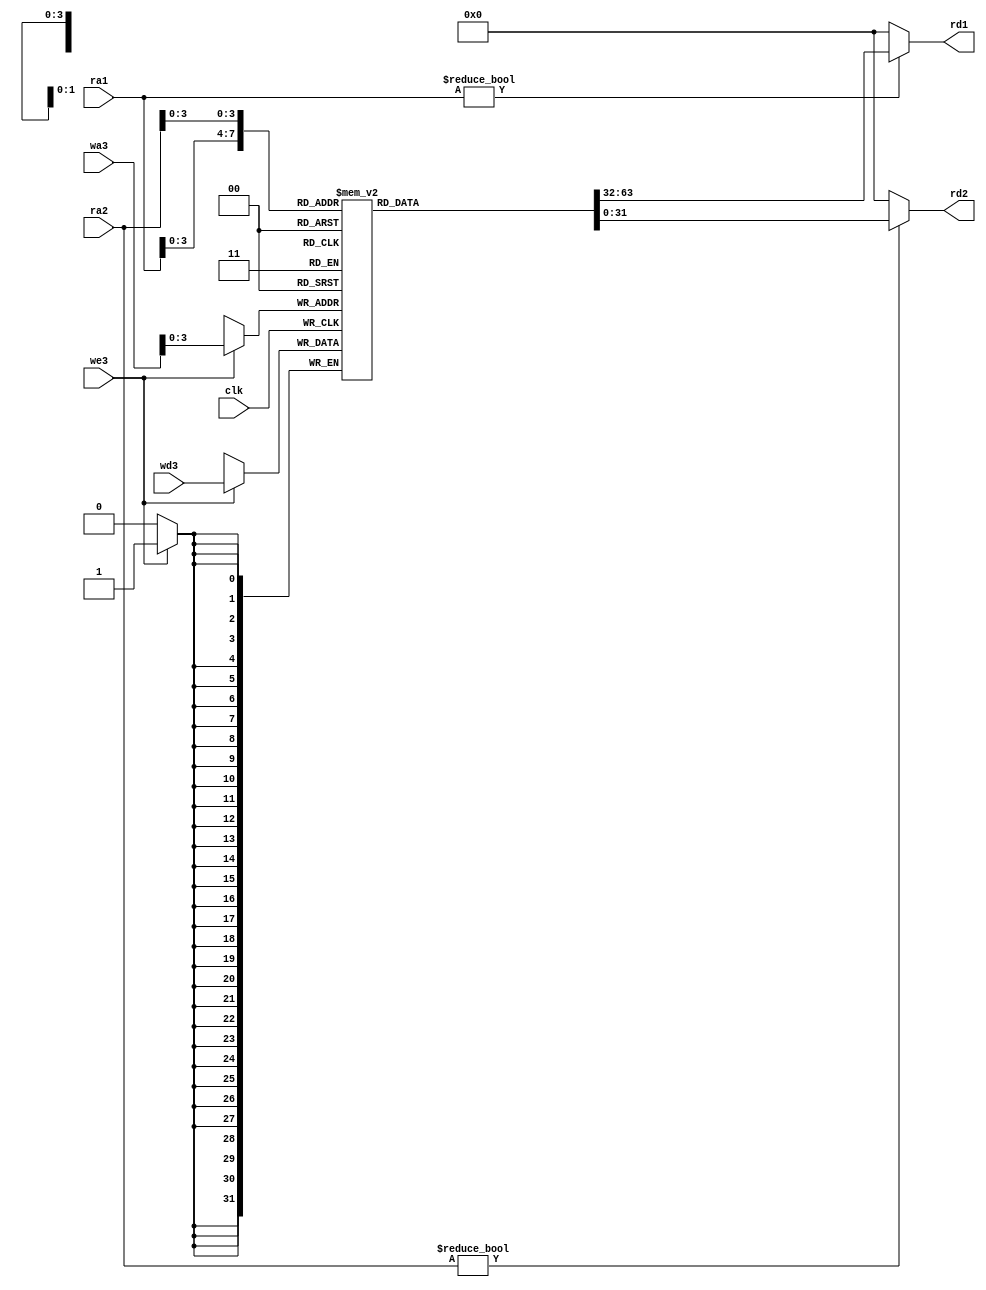
`timescale 1ns / 1ps
//////////////////////////////////////////////////////////////////////////////////
// Company: 
// Engineer: 
// 
// Design Name: 
// Module Name: Regfile
// Project Name: 
// Target Devices: 
// Tool Versions: 
// Description: 
// 
// Dependencies: 
// 
// Revision:
// Revision 0.01 - File Created
// Additional Comments:
// 
//////////////////////////////////////////////////////////////////////////////////


module Regfile(
	input we3,input [4:0] ra1,input [4:0] ra2,input [4:0] wa3,input [31:0] wd3,input clk,
	output [31:0] rd1,output [31:0] rd2);
	reg [31:0] rf[0:9];
	always @ (posedge clk)
		if (we3)
			rf[wa3]<=wd3;
	assign rd1=(ra1 !=0)?rf[ra1]:0;
	assign rd2=(ra2 !=0)?rf[ra2]:0;
endmodule